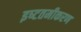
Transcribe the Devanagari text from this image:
इष्‍टतमीकरण